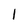
Character: I